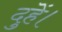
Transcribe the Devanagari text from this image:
दुहें।